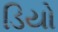
ડિયો